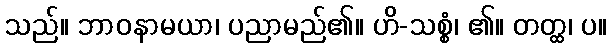
သည်။ ဘာဝနာမယာ၊ ပညာမည်၏။ ဟိ-သစ္စံ၊ ၏။ တတ္ထ၊ ပ။